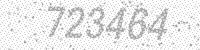
Solution: 723464